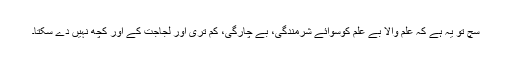
سچ تو یہ ہے کہ علم والا بے علم کوسوائے شرمندگی، بے چارگی، کم تری اور لجاجت کے اور کچھ نہیں دے سکتا۔